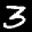
Label: 3